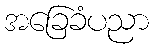
အခြေခံပညာ